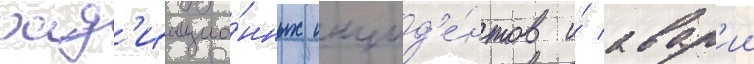
рад'иацио́нных инцид'е́нтов и́ авар'ии